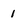
Character: 1